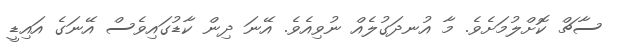
ސާޗް ކޮށްލުމަށެވެ. މާ އުނދަގުލެއް ނުވިއެވެ. އޭނަ ދިން ކާޑުގައިވެސް އޭނަގެ އައިޑީ